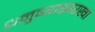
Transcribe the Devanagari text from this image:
धनुष्यासारखा